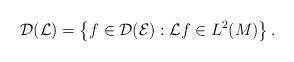
LaTeX: \begin{align*}\mathcal{D}(\mathcal{L})=\left\lbrace f\in\mathcal{D}(\mathcal{E}): \mathcal{L}f\in L^2(M)\right\rbrace.\end{align*}